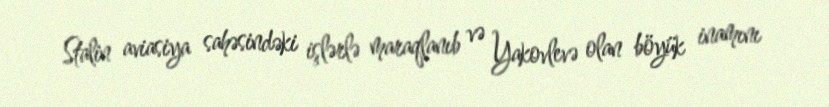
Stalin aviasiya sahəsindəki işlərlə maraqlanıb və Yakovlevə olan böyük inamını